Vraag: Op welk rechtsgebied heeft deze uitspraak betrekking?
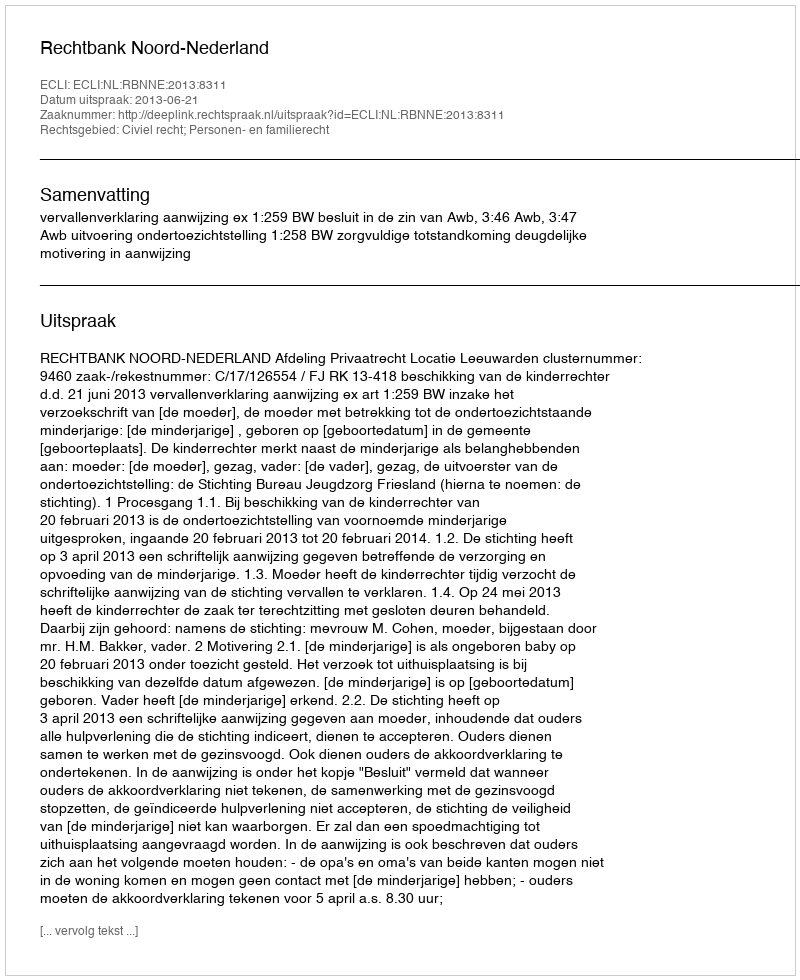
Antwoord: Civiel recht; Personen- en familierecht